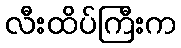
လီးထိပ်ကြီးက